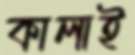
কালাই